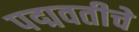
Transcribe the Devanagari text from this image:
पद्मवतीचे